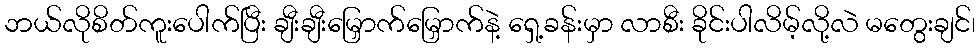
ဘယ်လိုစိတ်ကူးပေါက်ပြီး ချီးချီးမြှောက်မြှောက်နဲ့ ရှေ့ခန်းမှာ လာစီး ခိုင်းပါလိမ့်လို့လဲ မတွေးချင်၊